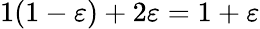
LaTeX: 1(1-\varepsilon)+2\varepsilon=1+\varepsilon